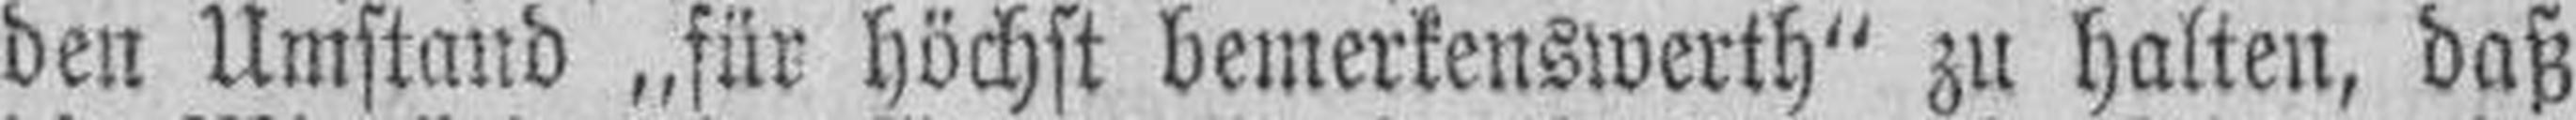
den Umstand „für höchst bemerkenswerth" zu halten, daß